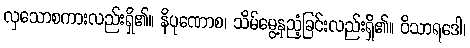
လှသောစကားလည်းရှိ၏။ နိပုဏောစ၊ သိမ်မွေ့နုညံ့ခြင်းလည်းရှိ၏။ ဝိသာရဒေါ၊